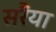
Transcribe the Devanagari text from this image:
सरैंया